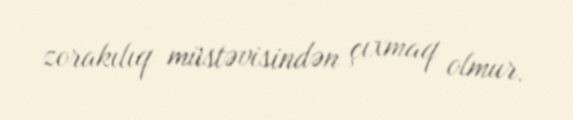
zorakılıq müstəvisindən çıxmaq olmur.